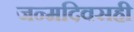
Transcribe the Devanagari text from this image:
जन्मदिवसही